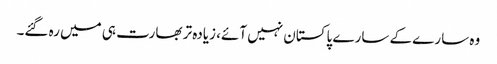
وہ سارے کے سارے پاکستان نہیں آئے، زیادہ تر بھارت ہی میں رہ گئے۔